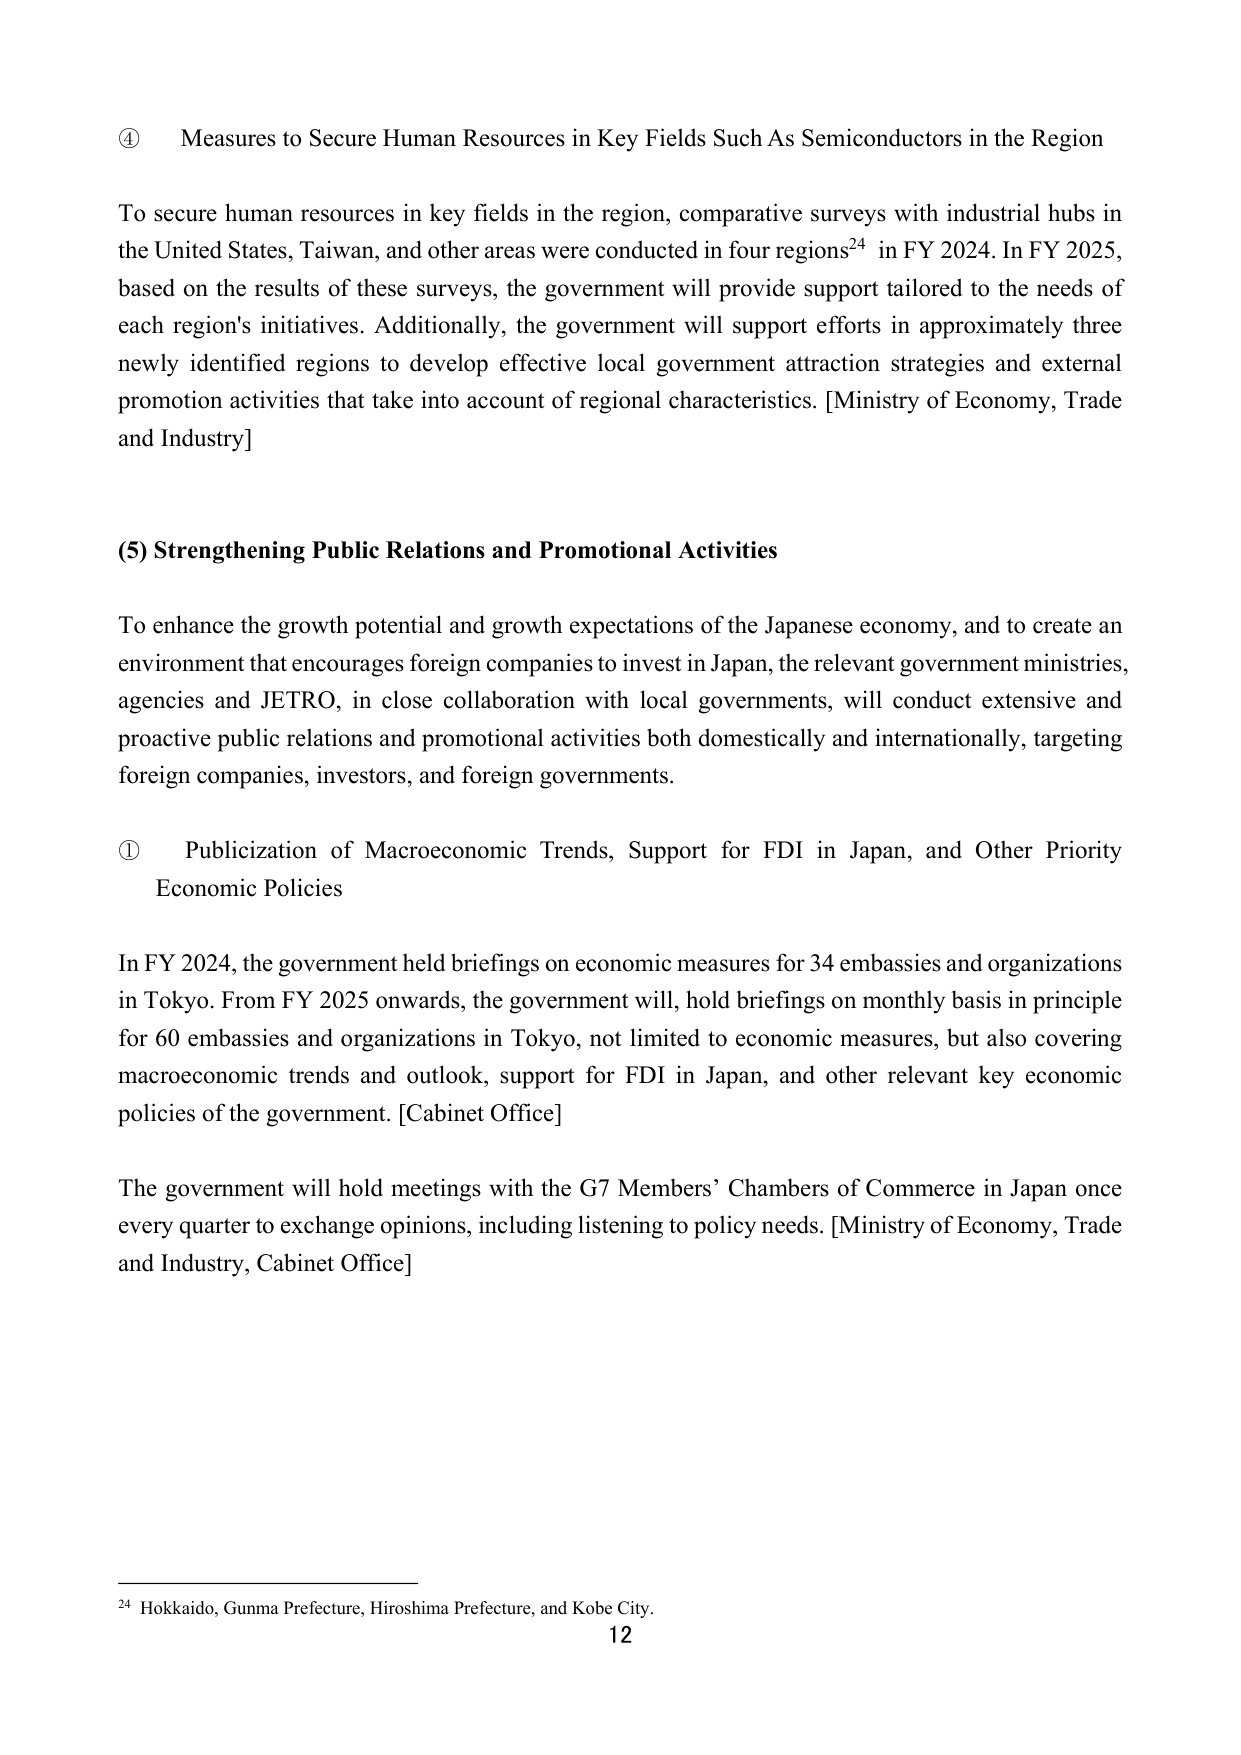
④ Measures to Secure Human Resources in Key Fields Such As Semiconductors in the Region

To secure human resources in key fields in the region, comparative surveys with industrial hubs in the United States, Taiwan, and other areas were conducted in four regions²⁴ in FY 2024. In FY 2025, based on the results of these surveys, the government will provide support tailored to the needs of each region's initiatives. Additionally, the government will support efforts in approximately three newly identified regions to develop effective local government attraction strategies and external promotion activities that take into account of regional characteristics. [Ministry of Economy, Trade and Industry]

(5) Strengthening Public Relations and Promotional Activities

To enhance the growth potential and growth expectations of the Japanese economy, and to create an environment that encourages foreign companies to invest in Japan, the relevant government ministries, agencies and JETRO, in close collaboration with local governments, will conduct extensive and proactive public relations and promotional activities both domestically and internationally, targeting foreign companies, investors, and foreign governments.

① Publicization of Macroeconomic Trends, Support for FDI in Japan, and Other Priority Economic Policies

In FY 2024, the government held briefings on economic measures for 34 embassies and organizations in Tokyo. From FY 2025 onwards, the government will, hold briefings on monthly basis in principle for 60 embassies and organizations in Tokyo, not limited to economic measures, but also covering macroeconomic trends and outlook, support for FDI in Japan, and other relevant key economic policies of the government. [Cabinet Office]

The government will hold meetings with the G7 Members’ Chambers of Commerce in Japan once every quarter to exchange opinions, including listening to policy needs. [Ministry of Economy, Trade and Industry, Cabinet Office]

²⁴ Hokkaido, Gunma Prefecture, Hiroshima Prefecture, and Kobe City.
12